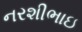
નરશીભાઇ